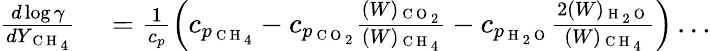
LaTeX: \begin{array}{rl}{\frac{d\log\gamma}{dY_{\mathrm{~C~H~}_{4}}}}&{{}=\frac{1}{c_{p}}\left(c_{p_{\mathrm{~C~H~}_{4}}}-c_{p_{{\mathrm{~C~O~}_{2}}}}\frac{(W)_{{\mathrm{~C~O~}_{2}}}}{(W)_{\mathrm{~C~H~}_{4}}}-c_{p_{\mathrm{~H~}_{2}\mathrm{~O~}}}\frac{2(W)_{\mathrm{~H~}_{2}\mathrm{~O~}}}{(W)_{\mathrm{~C~H~}_{4}}}\right)\ldots}\end{array}